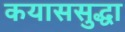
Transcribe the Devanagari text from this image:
कयाससुद्धा